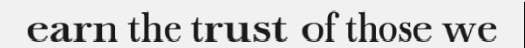
earn the trust of those we